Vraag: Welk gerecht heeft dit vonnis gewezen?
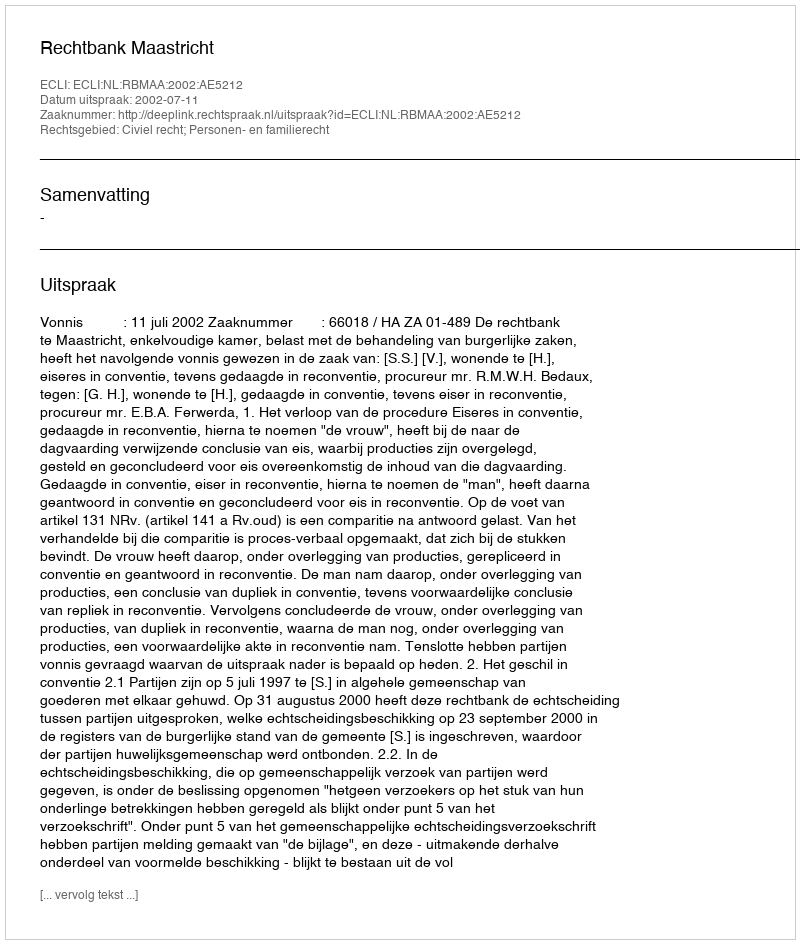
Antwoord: Rechtbank Maastricht